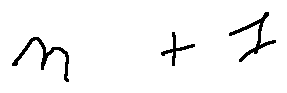
n + 1